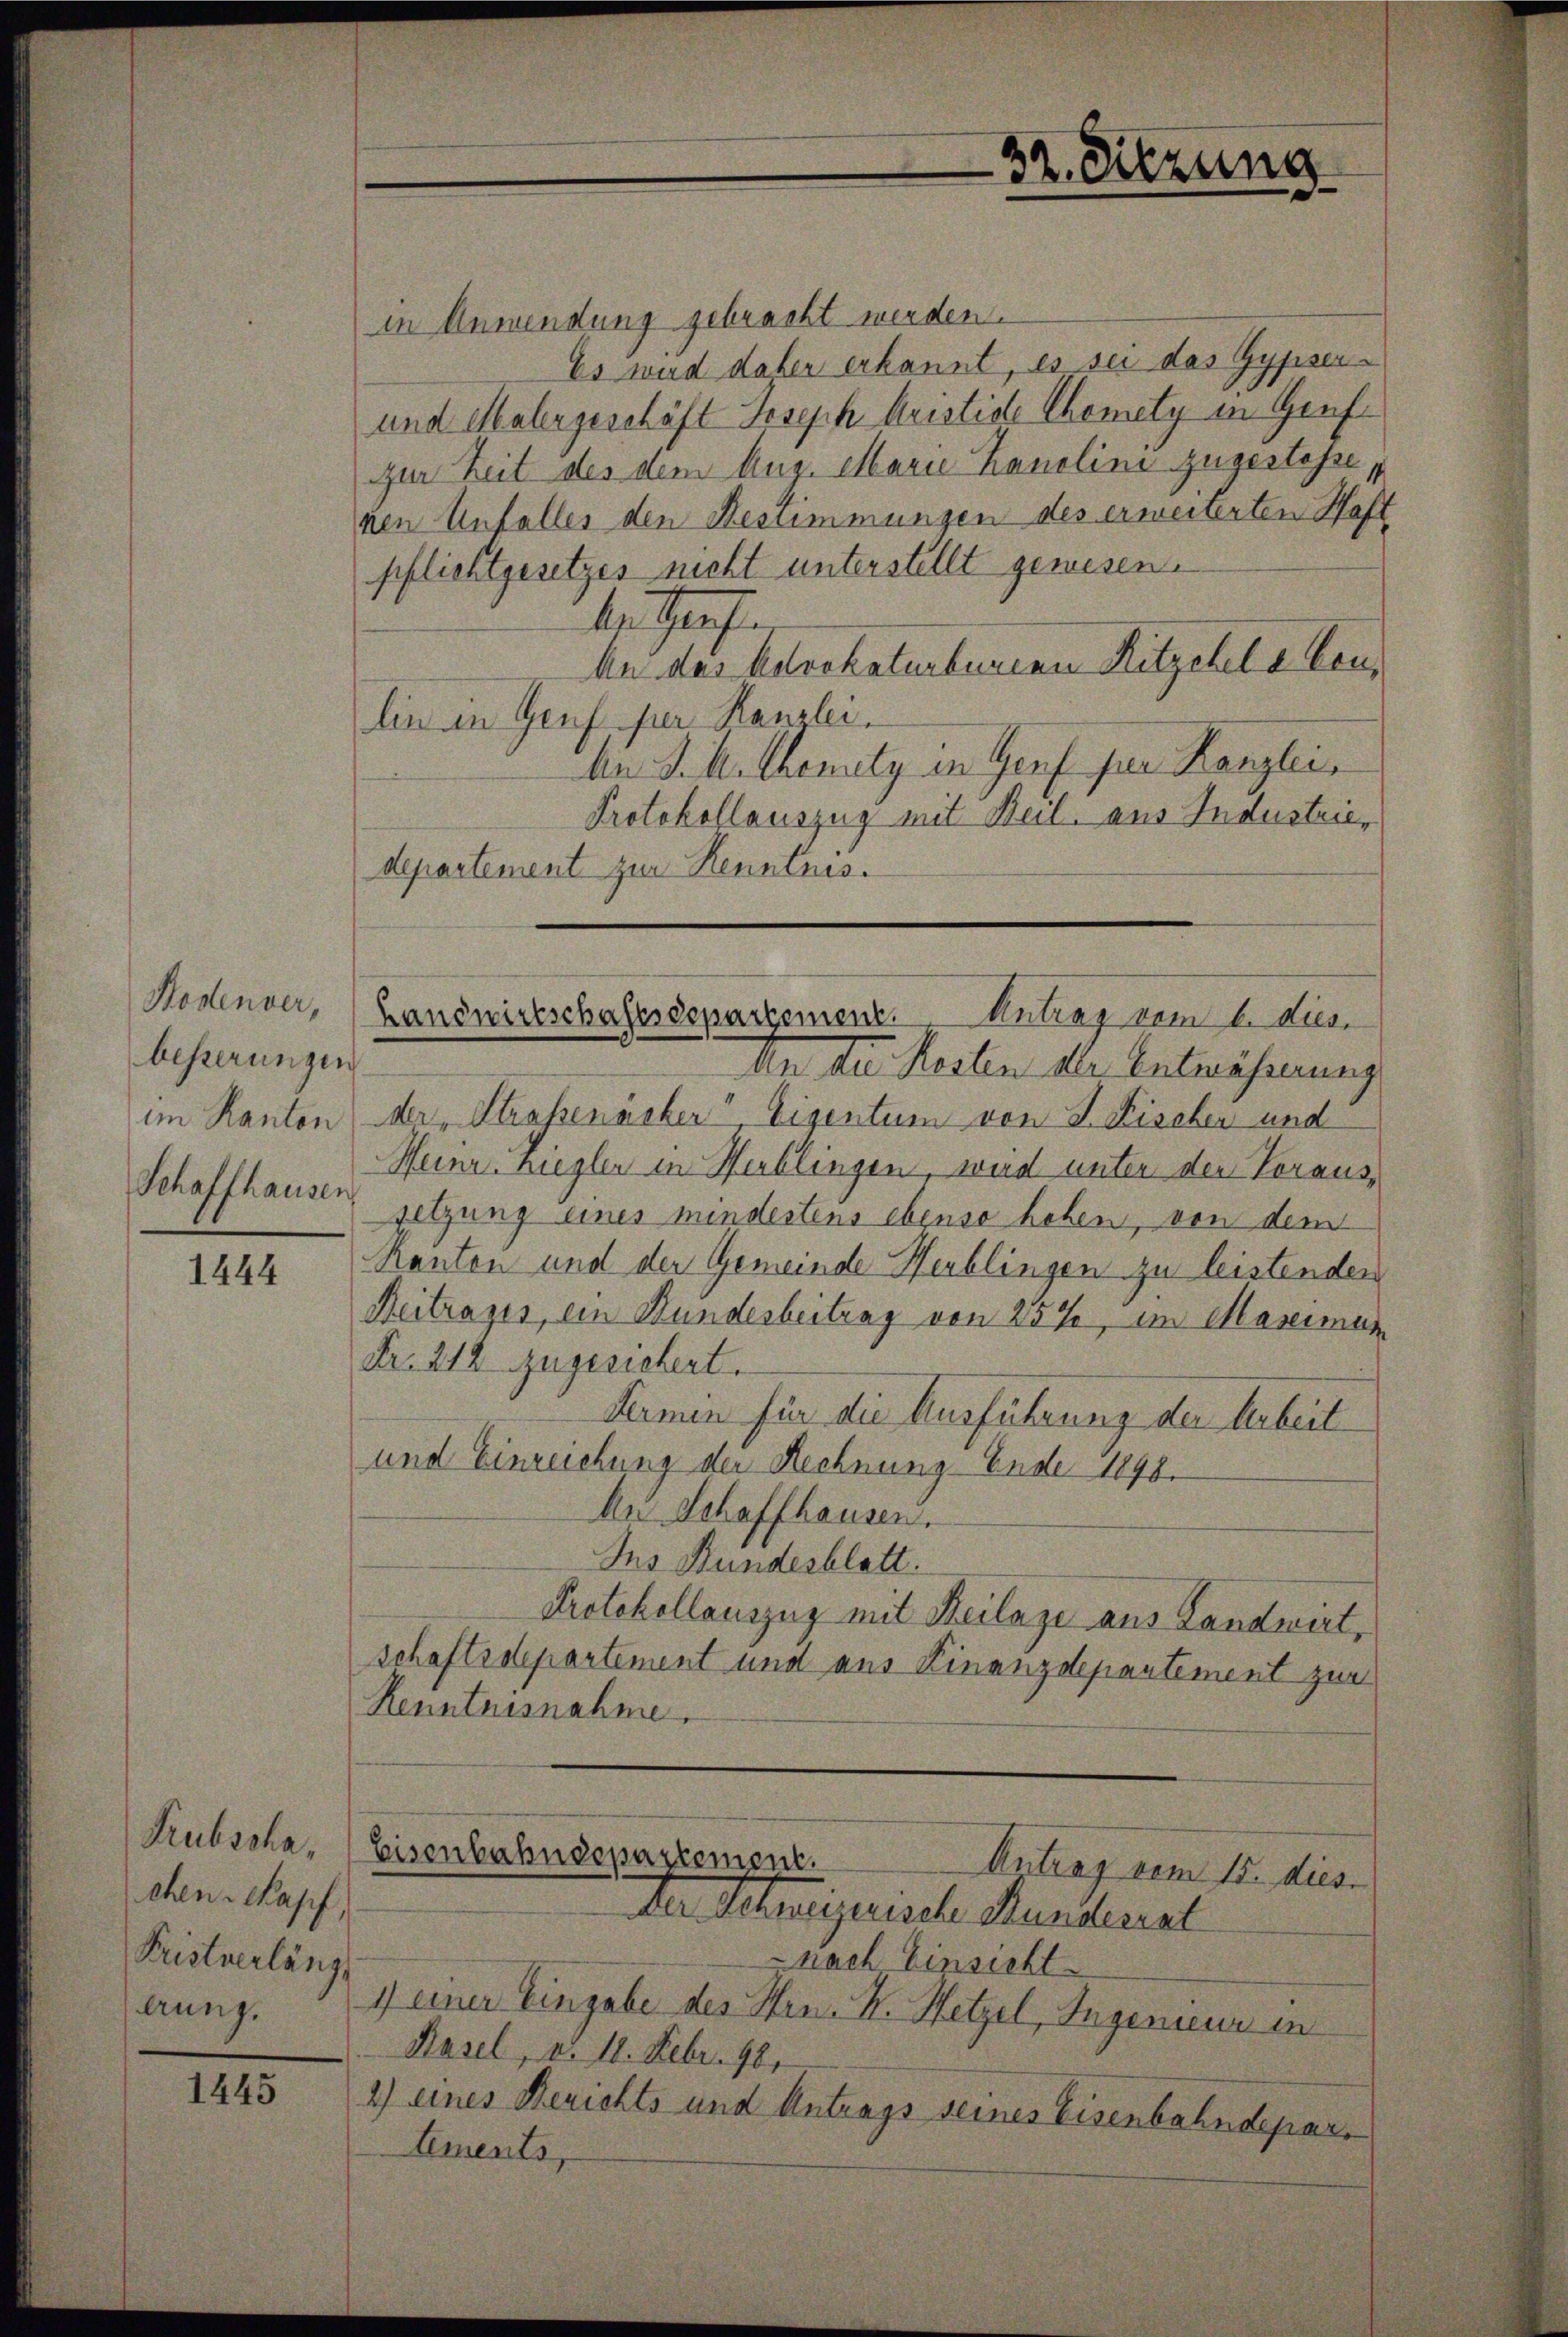
Hodenver,
besserungen
im Kanton
Schaffhausen

1444

Rubschachen Kopf,
Kristverläng
lung.

1445

in Anwendung gebracht werden.
Es wird daher erkannt, es sei das Gypsen¬
und Malergeschäft Joseph Kristide Chemety in Genf.
zur Zeit des dem Aug. Marie Kanolini zugestehe,
nen Unfalles den Bestimmungen des erweiterten Haft
pflichtgesetzes nicht unterstellt gewesen.
Menschaf
An das betrokaturbenen Ritzchel a Conlin in Genf per Rauslei¬
An J. A. Chemnitz in Genf per Kanzlei
Protokollauszug mit Beil. aus Industriedepartement zur Kenntnis.
An u. Resten der Entwährenung
der Straßenacker, Eigentum von J. Fischer und
Weine Ziegler in Herblingen, wird unter der Voraussetzung eines mindestens ebenso haben, von dem
Ranton und der Gemeinde Herblingen zu leistenden
Beitrages, ein Bundesbeitrag von 25%, im Masenman
Fr. 214 zugesichert.
Fermin für die Ausführung der Arbeit
und Einreichung der Rechnung Ende 1898.
Ai Schaffhausen.
Ins Bundesblatt.
Protokollauszug mit Beilage aus Landwert,
schaftsdepartement und aus Finanzdepartement zur
Renntnisnahme.
Eisenbahndepartement.
Antrag vom 15. dies
Der Seeligerische Kundesrat
-nach Einsicht
1) einer Eingabe des Hrn. K. Hetzel, Ingenieur in
Basel, d. 18. Febr. 98.
2) eines Berichts und Antrags seines Eisenbahndeparlements,

32. Sitzung

Landwirtschaftsdepartement. Antrag vom 6. die